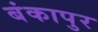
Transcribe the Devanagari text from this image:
बंकापुर